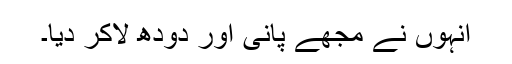
انہوں نے مجھے پانی اور دودھ لاکر دیا۔